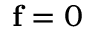
\mathbf { f } = 0